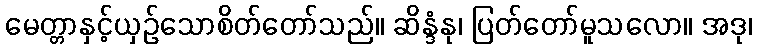
မေတ္တာနှင့်ယှဉ်သောစိတ်တော်သည်။ ဆိန္ဒံနု၊ ပြတ်တော်မူသလော။ အဒု၊